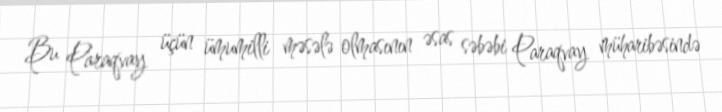
Bu Paraqvay üçün ümumilli məsələ olmasının əsas səbəbi Paraqvay müharibəsində